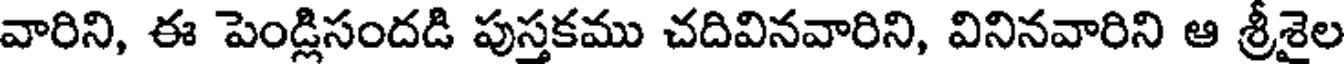
వారిని, ఈ పెండ్లిసందడి పుస్తకము చదివినవారిని, వినినవారిని ఆ శ్రీశైల